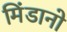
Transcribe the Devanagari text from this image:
मिंडानो